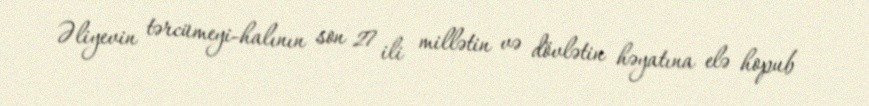
Əliyevin tərcümeyi-halının son 27 ili millətin və dövlətin həyatına elə hopub